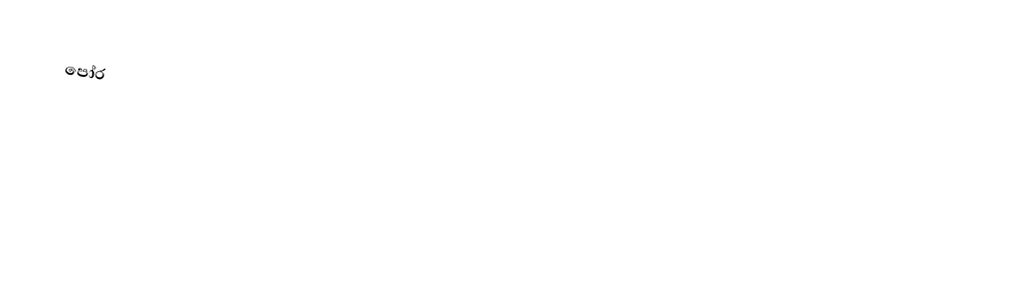
පෝර